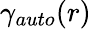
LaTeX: \gamma_{auto}(r)